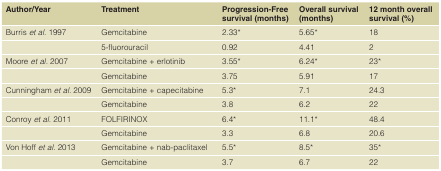
| Author/Year | Treatment | Progression-Free survival (months) | Overall survival (months) | 12 month overall survival (%) |
 | --- | --- | --- | --- | --- |
 | Burriset al. 1997 | Gemcitabine | 2.33* | 5.65* | 18 |
 |  | 5-fluorouracil | 0.92 | 4.41 | 2 |
 | Mooreet al. 2007 | Gemcitabine + erlotinib | 3.55* | 6.24* | 23* |
 |  | Gemcitabine | 3.75 | 5.91 | 17 |
 | Cunninghamet al. 2009 | Gemcitabine + capecitabine | 5.3* | 7.1 | 24.3 |
 |  | Gemcitabine | 3.8 | 6.2 | 22 |
 | Conroyet al. 2011 | FOLFIRINOX | 6.4* | 11.1* | 48.4 |
 |  | Gemcitabine | 3.3 | 6.8 | 20.6 |
 | Von Hoffet al. 2013 | Gemcitabine + nab-paclitaxel | 5.5* | 8.5* | 35* |
 |  | Gemcitabine | 3.7 | 6.7 | 22 |